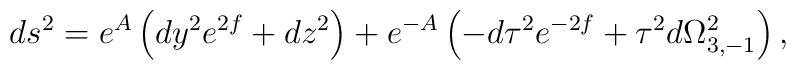
ds^2 = e^A\left( dy^2 e^{2f} + dz^2\right)+ e^{-A} \left(-d\tau^2 e^{-2f}+ \tau^2 d\Omega_{3,-1}^2 \right) ,